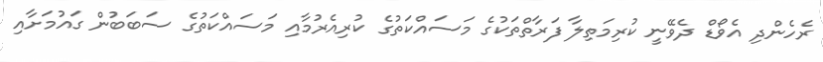
ރެހެންދި އެވޯޑް ދެވޭނީ ކުރިމަތިލާ ފަރާތްތަކުގެ މަސައްކަތުގެ ކުރިއެރުމާއި މަސައްކަތުގެ ސަބަބުން ގައުމަށާއި